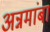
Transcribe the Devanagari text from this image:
अन्नमांबा